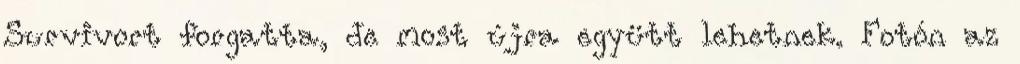
Survivort forgatta, de most újra együtt lehetnek. Fotón az